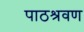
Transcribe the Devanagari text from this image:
पाठश्रवण